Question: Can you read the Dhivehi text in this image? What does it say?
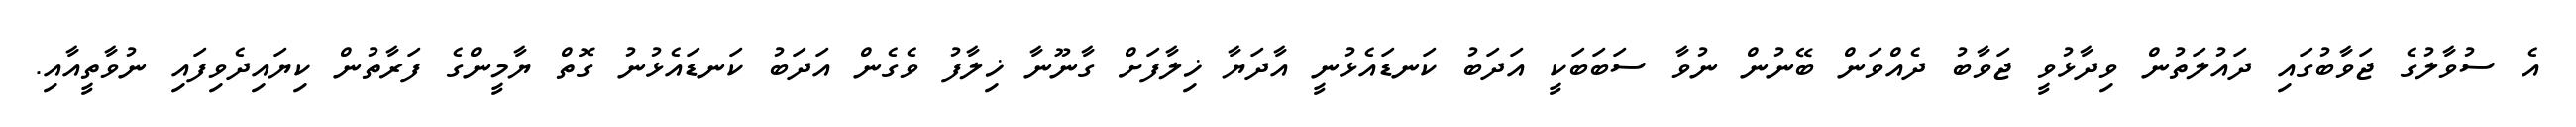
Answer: އެ ސުވާލުގެ ޖަވާބުގައި ދައުލަތުން ވިދާޅުވީ ޖަވާބު ދެއްވަން ބޭނުން ނުވާ ސަބަބަކީ އަދަބު ކަނޑައެޅުނީ އާދަޔާ ޚިލާފަށް ގާނޫނާ ޚިލާފު ވެގެން އަދަބު ކަނޑައެޅުނު ގޮތް ޔާމީންގެ ފަރާތުން ކިޔައިދެވިފައި ނުވާތީއާއި.